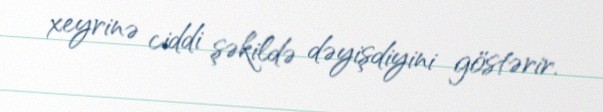
xeyrinə ciddi şəkildə dəyişdiyini göstərir.